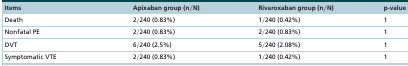
<table><thead><tr><td><b>Items</b></td><td><b>Apixaban group (n/N)</b></td><td><b>Rivaroxaban group (n/N)</b></td><td><b>p-value</b></td></tr></thead><tbody><tr><td>Death</td><td>2/240 (0.83%)</td><td>1/240 (0.42%)</td><td>1</td></tr><tr><td>Nonfatal PE</td><td>2/240 (0.83%)</td><td>2/240 (0.83%)</td><td>1</td></tr><tr><td>DVT</td><td>6/240 (2.5%)</td><td>5/240 (2.08%)</td><td>1</td></tr><tr><td>Symptomatic VTE</td><td>2/240 (0.83%)</td><td>1/240 (0.42%)</td><td>1</td></tr></tbody></table>